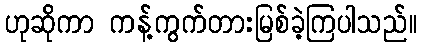
ဟုဆိုကာ ကန့်ကွက်တားမြစ်ခဲ့ကြပါသည်။